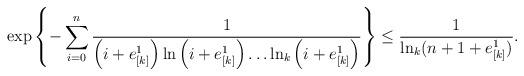
LaTeX: \begin{align*}\exp\left\{-\sum_{i=0}^{n} \frac 1{\left(i+e_{[k]}^1\right)\ln \left(i+e_{[k]}^1\right)\dots \ln_k \left(i+e_{[k]}^1\right)}\right\}\le \frac{1}{ \ln_{k} (n+1+e_{[k]}^1)}.\end{align*}